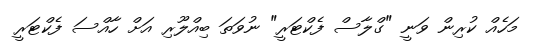
މަހެއް ކުރިން ވަނީ "ގްލާސް ފެކްޓަރީ" ނުވަތަ ބިއްލޫރި އަށް ހާއްސަ ފެކްޓަރީ